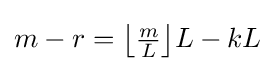
m-r={\bigl \lfloor }{\tfrac {m}{L}}{\bigr \rfloor }L-kL